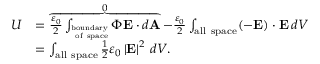
{ \begin{array} { r l } { U } & { = \overbrace { { \frac { \varepsilon _ { 0 } } { 2 } } \int _ { _ { \mathrm { ~ o f ~ s p a c e } } ^ { \mathrm { b o u n d a r y } } } \Phi \mathbf { E } \cdot d \mathbf { A } } ^ { 0 } - { \frac { \varepsilon _ { 0 } } { 2 } } \int _ { \mathrm { a l l ~ s p a c e } } ( - \mathbf { E } ) \cdot \mathbf { E } \, d V } \\ & { = \int _ { \mathrm { a l l ~ s p a c e } } { \frac { 1 } { 2 } } \varepsilon _ { 0 } \left| { \mathbf { E } } \right| ^ { 2 } \, d V . } \end{array} }